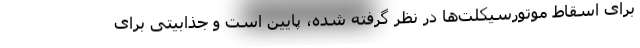
برای اسقاط موتورسیکلت‌ها در نظر گرفته شده، پایین است و جذابیتی برای